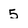
Character: 5